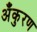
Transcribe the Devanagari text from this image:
अँकुरण